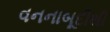
વનનાબૂદીથી